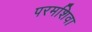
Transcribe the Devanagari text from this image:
परमशिवा